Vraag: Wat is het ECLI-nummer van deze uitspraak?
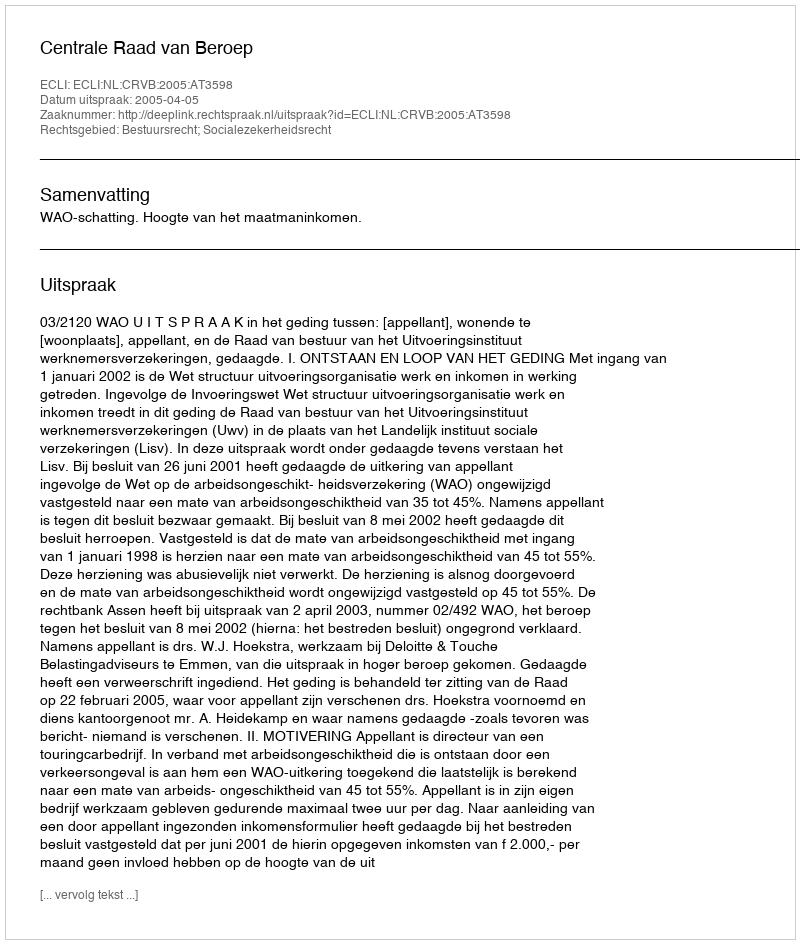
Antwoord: ECLI:NL:CRVB:2005:AT3598